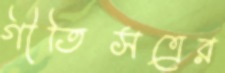
গীতিসত্রের